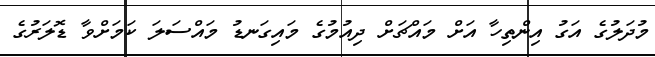
މުދަލުގެ އަގު އިންތިހާ އަށް މައްޗަށް ދިއުމުގެ މައިގަނޑު މައްސަލަ ކަމަށްވާ ޑޮލަރުގެ